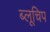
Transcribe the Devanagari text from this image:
ब्लूचिप